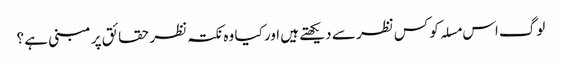
لوگ اس مسلہ کو کس نظر سے دیکھتے ہیں اور کیا وہ نکتہ نظر حقائق پر مبنی ہے ؟